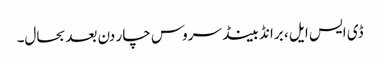
ڈی ایس ایل ، برانڈ بینڈ سروس چار دن بعدبحال۔